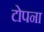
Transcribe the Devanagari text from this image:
टोपना